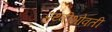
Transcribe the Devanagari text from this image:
प्रुथ्वीभोवती